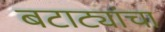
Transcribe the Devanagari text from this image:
बटाट्यांचा